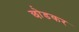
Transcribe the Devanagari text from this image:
छो़डकर